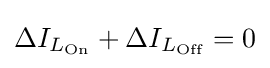
\Delta I_{L_{\text{On}}}+\Delta I_{L_{\text{Off}}}=0